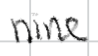
Text: nine
Cross-out: clean
Writing tool: digital_black